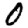
Digit: 0